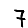
Digit: 7